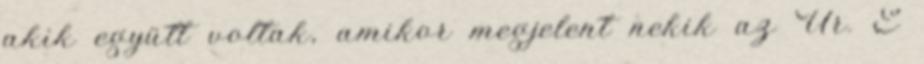
akik együtt voltak, amikor megjelent nekik az Úr. E